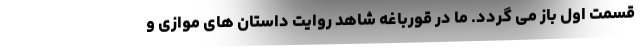
قسمت اول باز می گردد. ما در قورباغه شاهد روایت داستان های موازی و